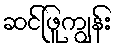
ဆင်ဖြူကျွန်း